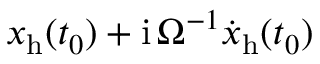
x _ { \mathrm { h } } ( t _ { 0 } ) + \mathrm { i } \, \Omega ^ { - 1 } { \dot { x } } _ { \mathrm { h } } ( t _ { 0 } )